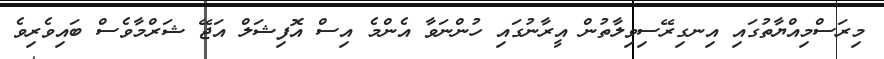
މިރަސްމިއްޔާތުގައި އިނގިރޭސިވިލާތުން އީރާނުގައި ހުންނަވާ އެންމެ އިސް އޮފިޝަލް އަޖޭ ޝަރްމާވެސް ބައިވެރިވެ